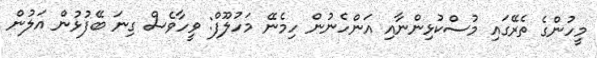
މީހުންގެ ތެރޭގައި މުސްކުޅިންނާއި އަންހެނުން ހިމެނޭ މަހުލޫފް: ވީހާވެސް ގިނަ ބޭފުޅުން އަލުން